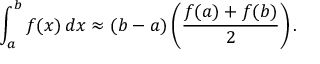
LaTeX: \int _ { a } ^ { b } f ( x ) \, d x \approx ( b - a ) \left( { \frac { f ( a ) + f ( b ) } { 2 } } \right) .